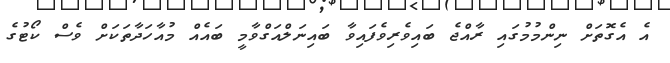
އެ އެގޮތަށް ނިންމުމުގައި ރާއްޖެ ބައިވެރިވެފައިވާ ބައިނަލްއަގްވާމީ ބައެއް މުއާހަދާތަކަށް ވެސް ކޯޓުގެ